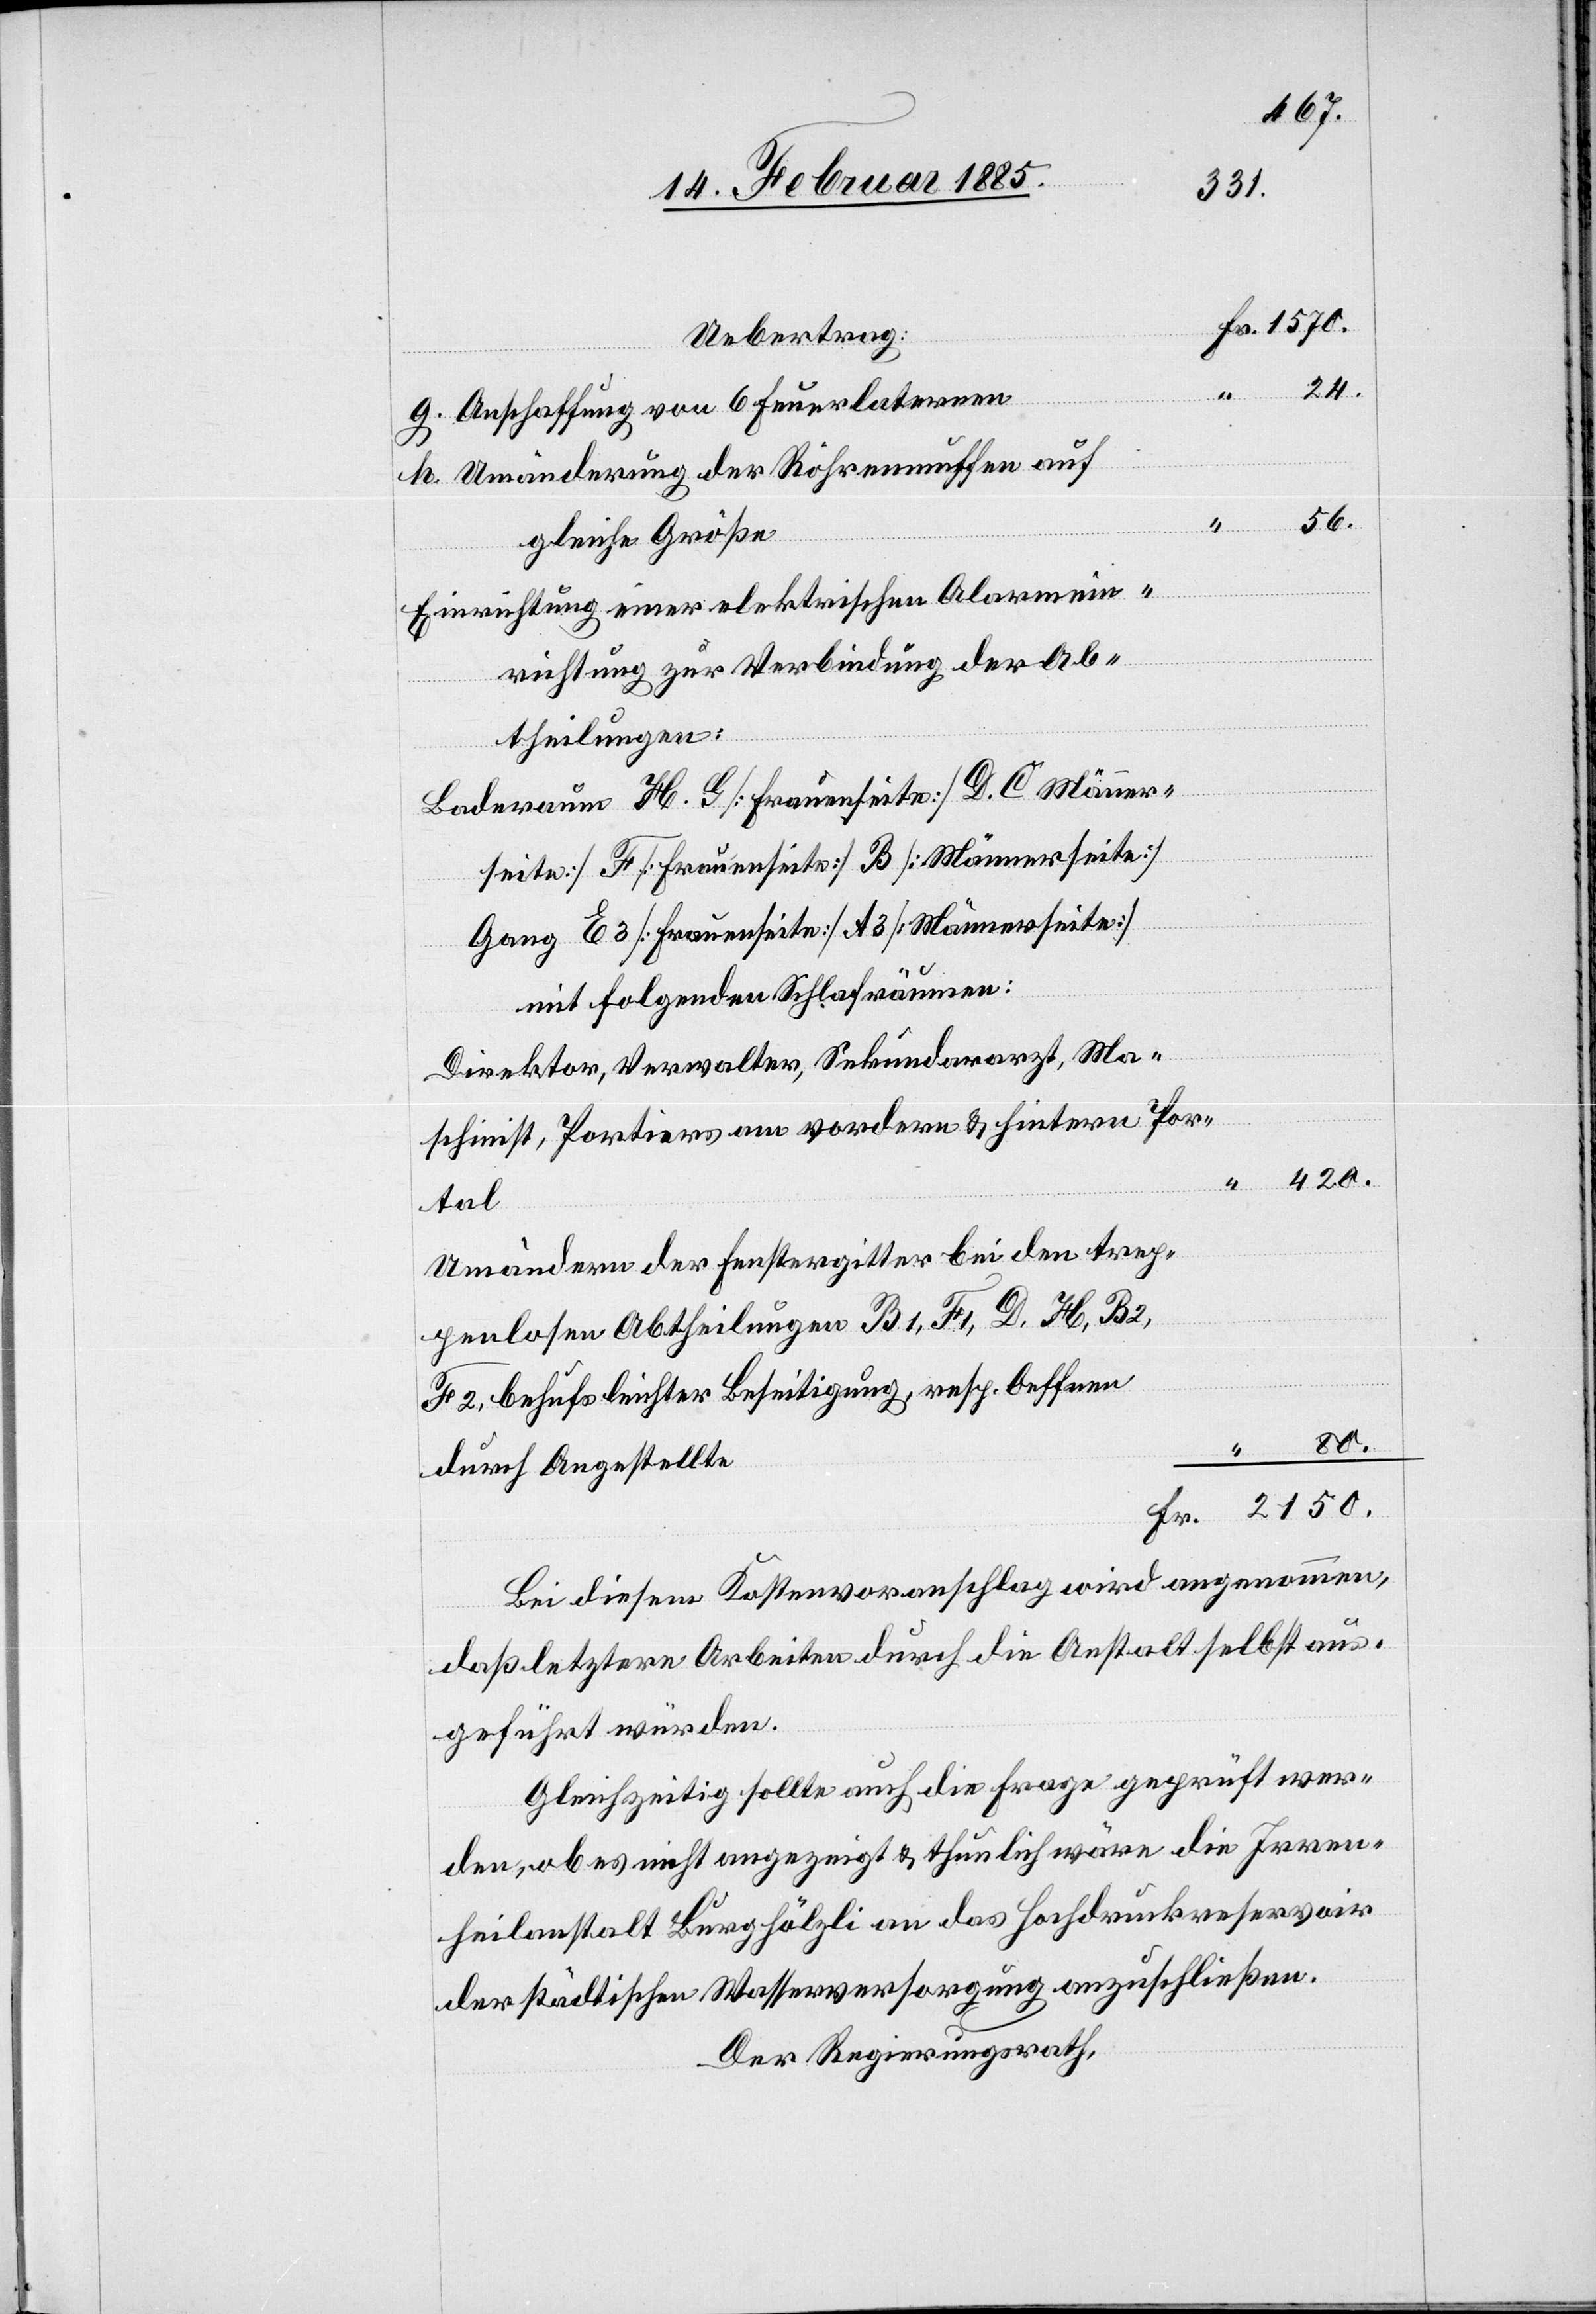
24.
g. Anschaffung von 6 Feuerlaternen
h. Umänderung der Röhrenmuffen auf
56.
gleiche Größe
Einrichtung einer elektrischen Alarmein¬
richtung zur Verbindung der Ab¬
theilungen:
Laderaum H, G [Frauenseite] D, C [Männer¬
seite] F [Frauenseite] B [Männerseite]
Gang E3 [Frauenseite] A3 [Männerseite]
mit folgenden Schlafräumen:
Direktor, Verwalter, Sekundararzt, Ma¬
schinist, Portiers am vordern & hintern Por¬
tal
Umändern der Fenstergitter bei den trep¬
penlosen Abtheilungen B1, F1, D, H, B2,
M2 behufs leichter Beseitigung, resp. Oeffnen
2150.
durch Angestellte
Bei diesem Kostenvoranschlag wird angenommen,
daß letztere Arbeiten durch die Anstalt selbst aus¬
geführt würden.
Gleichzeitig sollte auch die Frage geprüft wer¬
den, ob es nicht angezeigt & thunlich wäre die Irren¬
heilanstalt Burghölzli an das Hochdruckreservoir
der städtischen Wasserversorgung anzuschließen.
Der Regierungsrath,